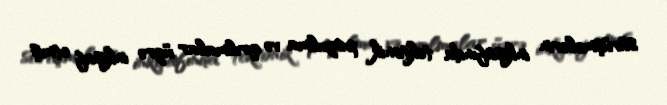
sürüşmələrin inkişafında tektonik pozulma və qırılmalar üzrə inkişaf etmiş